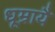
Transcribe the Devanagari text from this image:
धूम्रायै